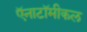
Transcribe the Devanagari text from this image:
ऍनाटॉमीकल